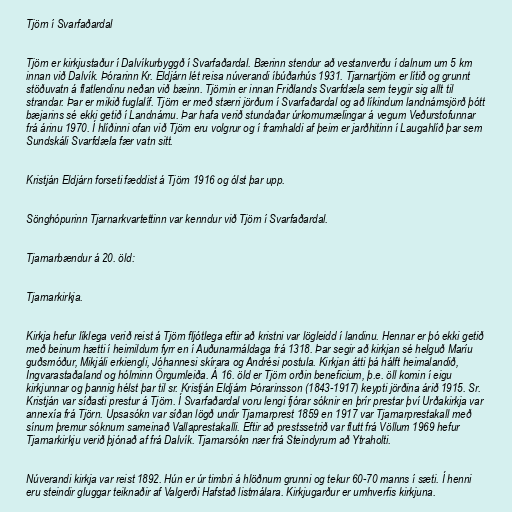
Tjörn í Svarfaðardal

Tjörn er kirkjustaður í Dalvíkurbyggð í Svarfaðardal. Bærinn stendur að vestanverðu í dalnum um 5 km
innan við Dalvík. Þórarinn Kr. Eldjárn lét reisa núverandi íbúðarhús 1931. Tjarnartjörn er lítið og grunnt
stöðuvatn á flatlendinu neðan við bæinn. Tjörnin er innan Friðlands Svarfdæla sem teygir sig allt til
strandar. Þar er mikið fuglalíf. Tjörn er með stærri jörðum í Svarfaðardal og að líkindum landnámsjörð þótt
bæjarins sé ekki getið í Landnámu. Þar hafa verið stundaðar úrkomumælingar á vegum Veðurstofunnar
frá árinu 1970. Í hlíðinni ofan við Tjörn eru volgrur og í framhaldi af þeim er jarðhitinn í Laugahlíð þar sem
Sundskáli Svarfdæla fær vatn sitt.

Kristján Eldjárn forseti fæddist á Tjörn 1916 og ólst þar upp.

Sönghópurinn Tjarnarkvartettinn var kenndur við Tjörn í Svarfaðardal.

Tjarnarbændur á 20. öld:

Tjarnarkirkja.

Kirkja hefur líklega verið reist á Tjörn fljótlega eftir að kristni var lögleidd í landinu. Hennar er þó ekki getið
með beinum hætti í heimildum fyrr en í Auðunarmáldaga frá 1318. Þar segir að kirkjan sé helguð Maríu
guðsmóður, Mikjáli erkiengli, Jóhannesi skírara og Andrési postula. Kirkjan átti þá hálft heimalandið,
Ingvarastaðaland og hólminn Örgumleiða. Á 16. öld er Tjörn orðin beneficium, þ.e. öll komin í eigu
kirkjunnar og þannig hélst þar til sr. Kristján Eldjárn Þórarinsson (1843-1917) keypti jörðina árið 1915. Sr.
Kristján var síðasti prestur á Tjörn. Í Svarfaðardal voru lengi fjórar sóknir en þrír prestar því Urðakirkja var
annexía frá Tjörn. Upsasókn var síðan lögð undir Tjarnarprest 1859 en 1917 var Tjarnarprestakall með
sínum þremur sóknum sameinað Vallaprestakalli. Eftir að prestssetrið var flutt frá Völlum 1969 hefur
Tjarnarkirkju verið þjónað af frá Dalvík. Tjarnarsókn nær frá Steindyrum að Ytraholti.

Núverandi kirkja var reist 1892. Hún er úr timbri á hlöðnum grunni og tekur 60-70 manns í sæti. Í henni
eru steindir gluggar teiknaðir af Valgerði Hafstað listmálara. Kirkjugarður er umhverfis kirkjuna.